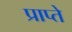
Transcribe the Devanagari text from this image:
प्राप्ते